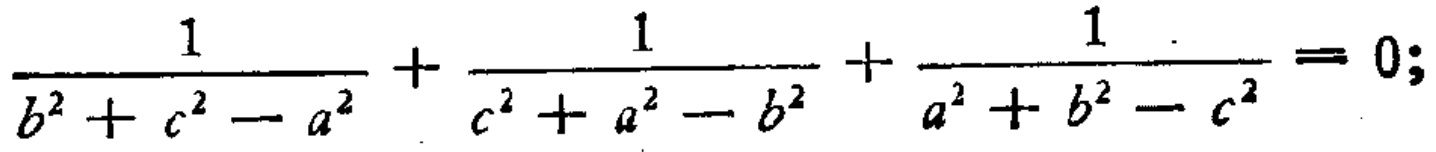
$\frac{1}{b^{2}+c^{2}-a^{2}}+\frac{1}{c^{2}+a^{2}-b^{2}}+\frac{1}{a^{2}+b^{2}-c^{2}} = 0;$